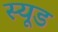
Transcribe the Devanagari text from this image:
स्यूड